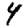
Digit: 4